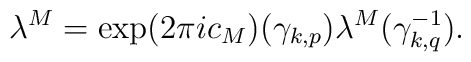
\lambda^M  =  \exp(2      \pi i  c_{M})    ({\gamma}_{k,p})  \lambda^M({\gamma}_{k,q}^{-1}).